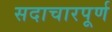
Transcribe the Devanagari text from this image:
सदाचारपूर्ण